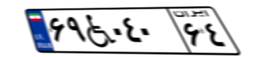
۶۹W۰۴۰۶۴